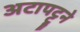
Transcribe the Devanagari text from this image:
अटापट्टूने